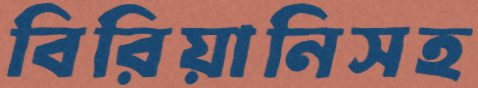
বিরিয়ানিসহ